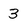
Character: 3